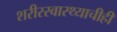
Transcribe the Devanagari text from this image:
शरीरस्वास्थ्याचीही